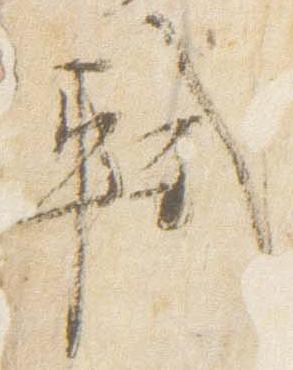
軾